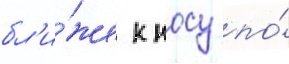
бл'и́же к носу по́